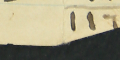
١١٦